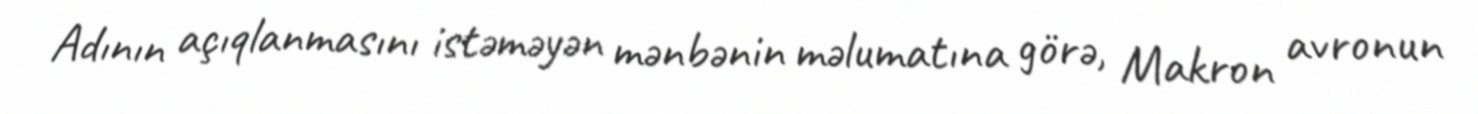
Adının açıqlanmasını istəməyən mənbənin məlumatına görə, Makron avronun